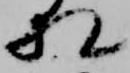
相